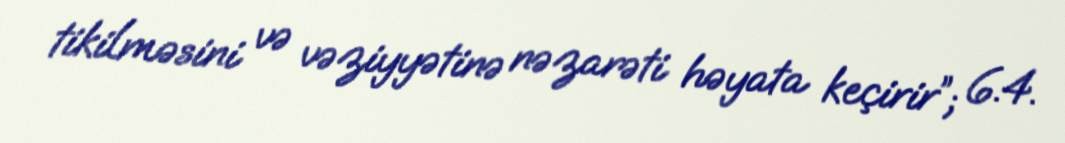
tikilməsini və vəziyyətinə nəzarəti həyata keçirir”; 6.4.